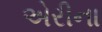
એરીના